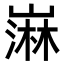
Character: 𫶒